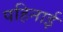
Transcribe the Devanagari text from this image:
पहिनाई